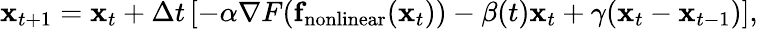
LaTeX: {\mathbf x}_{t+1}={{\mathbf x}_{t}}+\Delta t\left[-\alpha\nabla F({\mathbf f}_{\mathrm{nonlinear}}({\mathbf x}_{t}))-\beta(t){\mathbf x}_{t}+\gamma({\mathbf x}_{t}-{\mathbf x}_{t-1})\right],